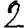
Digit: 2